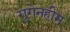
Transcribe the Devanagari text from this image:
गुगेनहीम